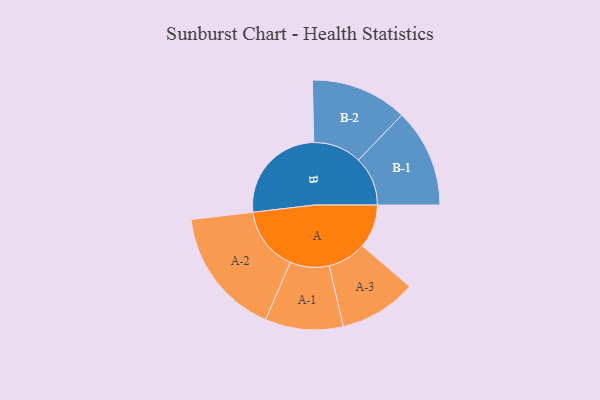
{"axis": {"x": "Segment", "y": "Value"}, "legend": ["", "A", "B"], "data": [{"x": "A", "y": 131, "type": ""}, {"x": "B", "y": 307, "type": ""}, {"x": "A-1", "y": 117, "type": "A"}, {"x": "A-2", "y": 193, "type": "A"}, {"x": "A-3", "y": 116, "type": "A"}, {"x": "B-1", "y": 148, "type": "B"}, {"x": "B-2", "y": 145, "type": "B"}]}